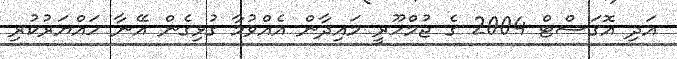
އަދި އޮގަސްޓް 2004 ގެ ޖުމްހޫރީ މައިދާން އެއްވުމާ ގުޅިގެން އޭނާ ހައްޔަރުކުރި